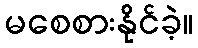
မစေစားနိုင်ခဲ့။